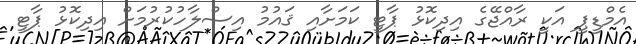
އެމްޑީޕީ އަކީ ރާއްޖޭގެ އިދިކޮޅު ޕާޓީ ކަމަށާއި ޤައުމު އިސްލާހުކުރުމަށް އިދިކޮޅު ޕާޓީ